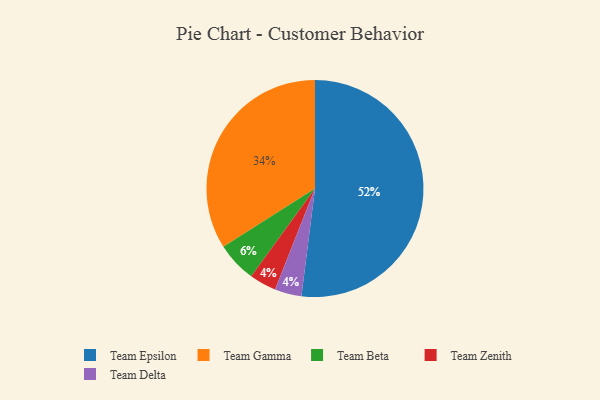
{"axis": {"x": "Category", "y": "Percentage"}, "legend": ["Team Beta", "Team Delta", "Team Epsilon", "Team Gamma", "Team Zenith"], "data": [{"x": "Team Epsilon", "y": 52, "type": "Team Epsilon"}, {"x": "Team Beta", "y": 6, "type": "Team Beta"}, {"x": "Team Gamma", "y": 34, "type": "Team Gamma"}, {"x": "Team Zenith", "y": 4, "type": "Team Zenith"}, {"x": "Team Delta", "y": 4, "type": "Team Delta"}]}